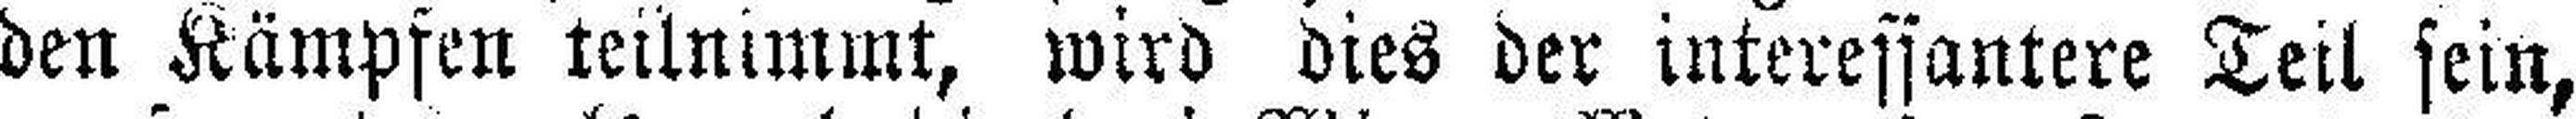
den Kämpfen teilnimmt, wird dies der interessantere Teil sein,